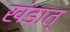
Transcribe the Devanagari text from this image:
खंडात्